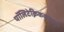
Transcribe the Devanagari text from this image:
पॉलिटेक्निककमधून